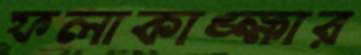
ফলাকাঙ্ক্ষার